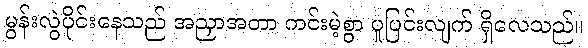
မွန်းလွဲပိုင်းနေသည် အညှာအတာ ကင်းမဲ့စွာ ပူပြင်းလျက် ရှိလေသည်။